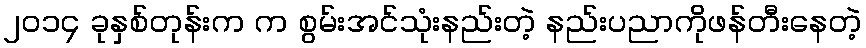
၂၀၁၄ ခုနှစ်တုန်းက က စွမ်းအင်သုံးနည်းတဲ့ နည်းပညာကိုဖန်တီးနေတဲ့